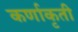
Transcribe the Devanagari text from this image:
कर्णाकृती